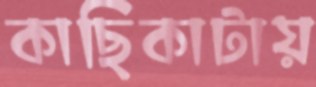
কাছিকাটায়